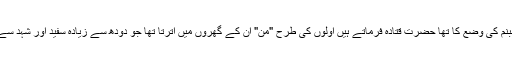
کوئی کہتا ہے شبنم کی وضع کا تھا حضرت قتادہ فرماتے ہیں اولوں کی طرح "من" ان کے گھروں میں اترتا تھا جو دودھ سے زیادہ سفید اور شہد سے زیادہ میٹھا تھا۔